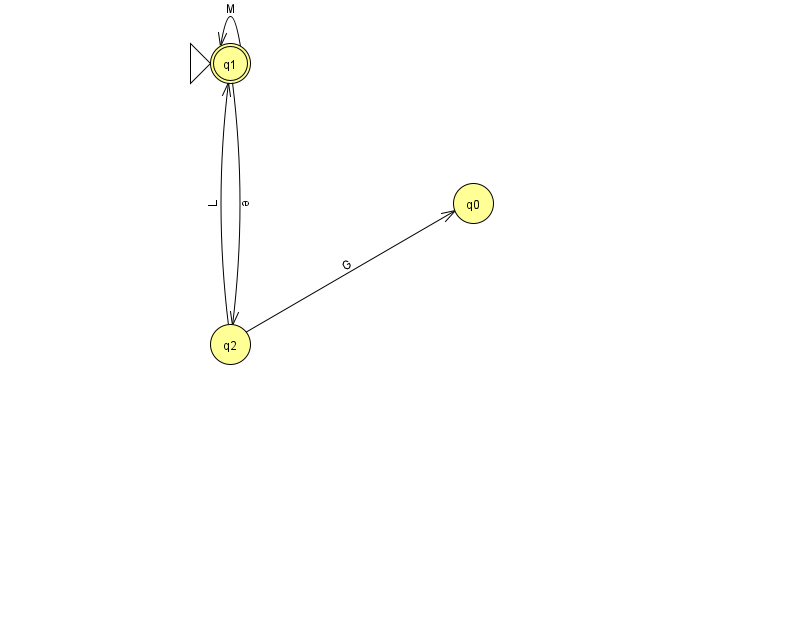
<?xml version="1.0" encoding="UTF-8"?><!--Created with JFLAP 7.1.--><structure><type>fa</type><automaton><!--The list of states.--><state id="0" name="q0"><x>473.0</x><y>190.0</y></state><state id="1" name="q1"><x>230.0</x><y>50.0</y><initial/><final/></state><state id="2" name="q2"><x>230.0</x><y>331.0</y></state><!--The list of transitions.--><transition><from>2</from><to>0</to><read>G</read></transition><transition><from>2</from><to>1</to><read>L</read></transition><transition><from>1</from><to>1</to><read>M</read></transition><transition><from>1</from><to>2</to><read>e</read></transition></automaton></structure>